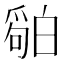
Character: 𬐏